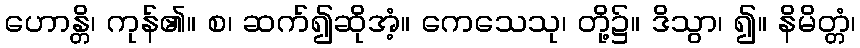
ဟောန္တိ၊ ကုန်၏။ စ၊ ဆက်၍ဆိုအံ့။ ကေသေသု၊ တို့၌။ ဒိသွာ၊ ၍။ နိမိတ္တံ၊